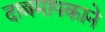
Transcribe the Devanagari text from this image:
दाबमापकाने